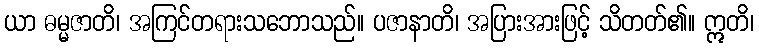
ယာ ဓမ္မဇာတိ၊ အကြင်တရားသဘောသည်။ ပဇာနာတိ၊ အပြားအားဖြင့် သိတတ်၏။ ဣတိ၊